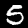
Label: 5